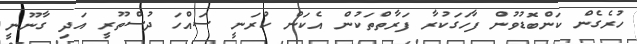
ހުރެގެން ކަންބޮޑުވުން ފާހަގަކުރާ ފަރާތްތަކުން އެކަން ކުރަނީ ސައްހަ ދުސްތޫރީ އަދި ގާނޫނީ